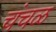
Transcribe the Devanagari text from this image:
चंचळ